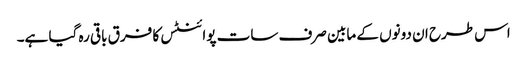
اس طرح ان دونوں کے مابین صرف سات پوائنٹس کا فرق باقی رہ گیا ہے۔